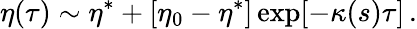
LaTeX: \eta(\tau)\sim\eta^{\ast}+[\eta_{0}-\eta^{\ast}]\exp[-\kappa(s)\tau]\, .